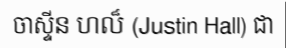
ចាស្ទីន ហល៏ (Justin Hall) ជា